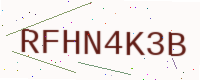
Text: RFHN4K3B